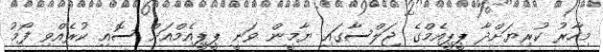
މިހާރު ކުރިޔަށްދާ ޕީޕީއެމްގެ ޖަލްސާގައި ޔާމީން ވަނީ ޕީޕީއެމްއަށް ސޮއި ކުރެއްވި ފޯމު